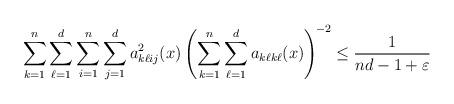
LaTeX: \begin{align*} \sum_{k=1}^{n}\sum_{\ell=1}^{d}\sum_{i=1}^{n}\sum_{j=1}^{d}a_{k\ell ij}^2(x)\left(\sum_{k=1}^{n}\sum_{\ell=1}^{d}a_{k\ell k\ell}(x)\right)^{\!-2}\leq \frac{1}{nd-1+\varepsilon}\end{align*}